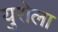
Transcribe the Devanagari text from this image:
युरोला